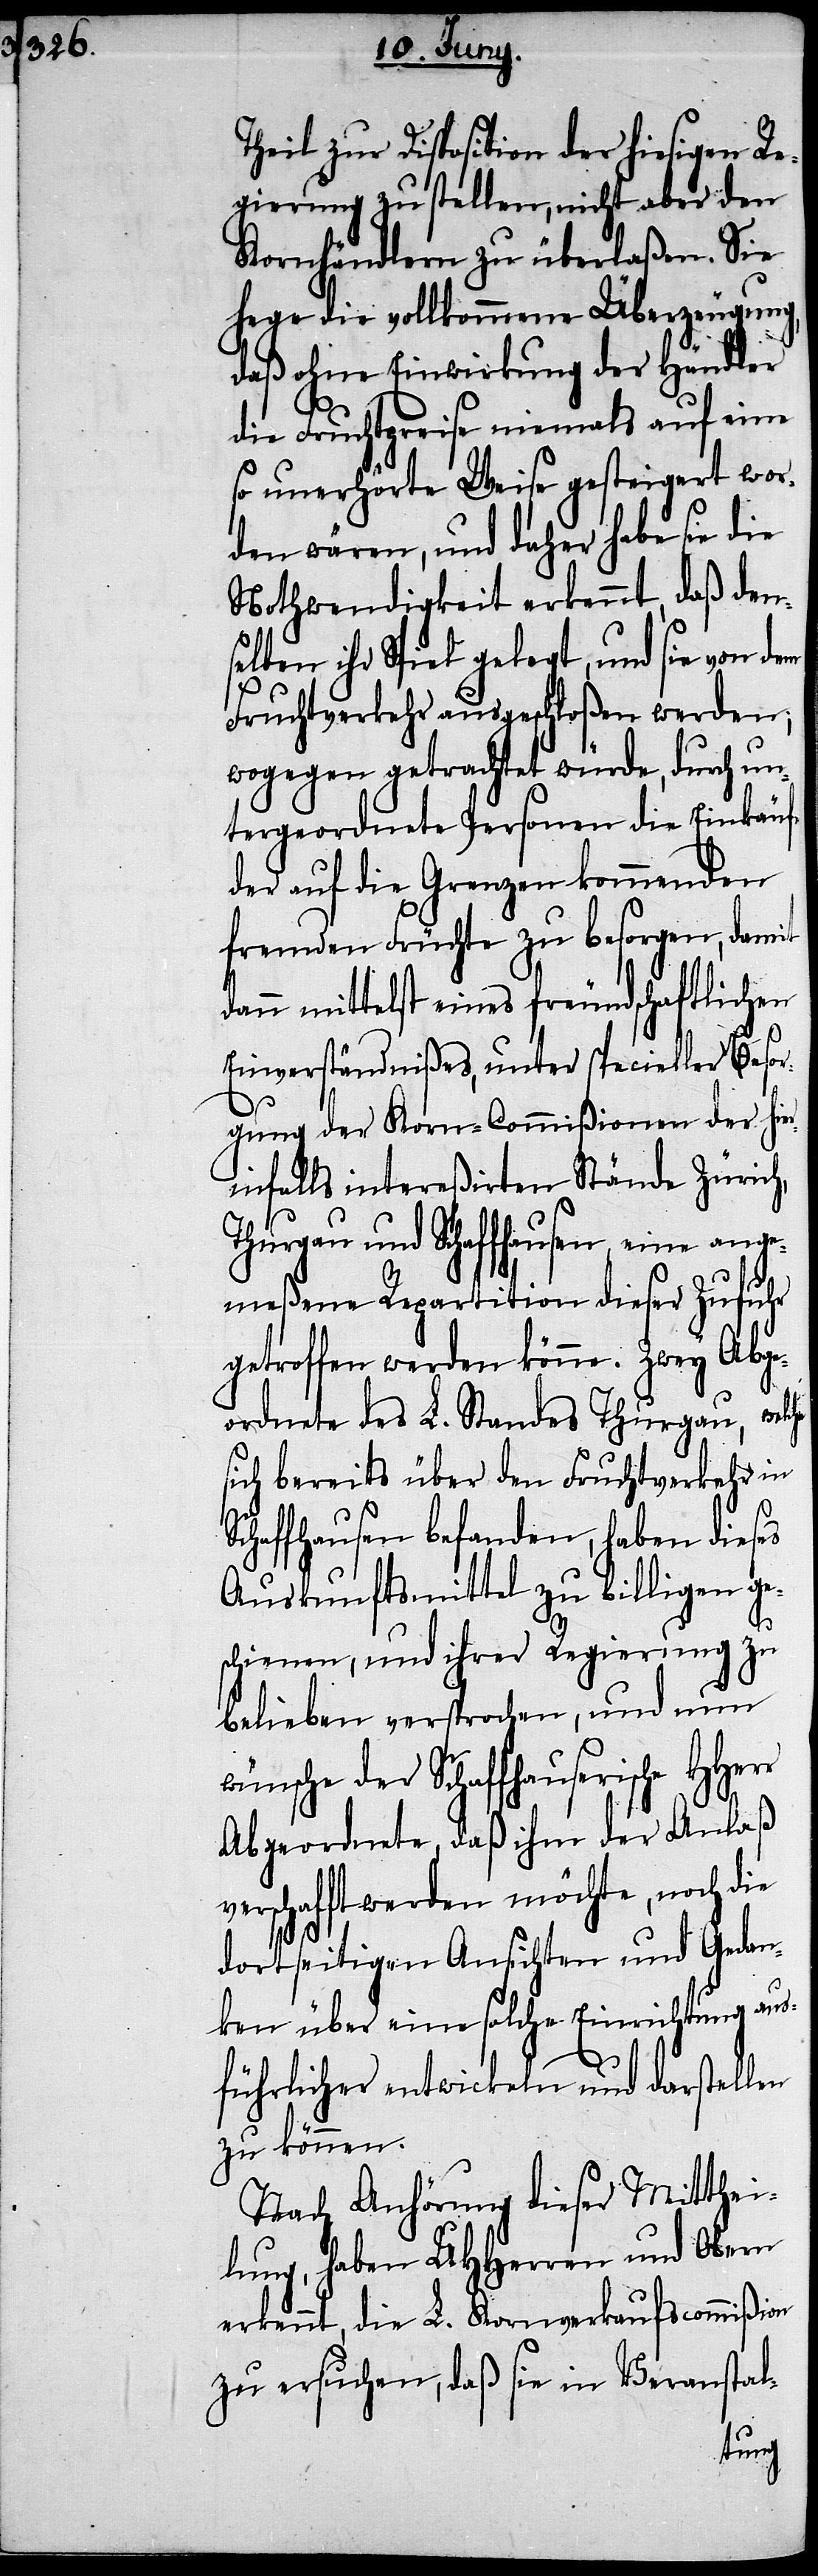
Kornhändlern zu überlaßen. Sie
hege die vollkommene Überzeugung,
daß ohne Einwirkung der Händler
die Fruchtpreise niemals auf eine
so unerhörte Weise gesteigert wor¬
den wären, und daher habe sie die
Nothwendigkeit erkennt, daß den¬
selben ihr Spiel gelegt, und sie von dem
Fruchtverkehr ausgeschloßen werden;
wogegen getrachtet würde, durch un¬
tergeordnete Personen die Einkäufe
der auf die Grenzen kommenden
fremden Früchte zu besorgen, damit
dann mittelst eines freundschaftlichen
Einverständnißes, unter specieller Besor¬
gung der Korn-Commißionen der hie¬
rinfalls intereßirten Stände Zürich,
Thurgau und Schaffhausen, eine ange¬
meßene Repartition dieser Zufuhr
getroffen werden könne. Zwey Abge¬
ordnete des L. Standes Thurgau, welche
sich bereits über den Fruchtverkehr in
Schaffhausen befanden, haben dieses
Auskunftsmittel zu billigen ge¬
schienen, und ihrer Regierung zu
belieben versprochen, und nun
wünsche der Schaffhauserische HHerr
Abgeordnete, daß ihm der Anlaß
verschafft werden möchte, noch die
dortseitigen Ansichten und Gedan¬
ken über eine solche Einrichtung aus¬
führlicher entwickeln und darstellen
zu können.
Nach Anhörung dieser Mitthei¬
lung, haben UHHerren und Obern
erkennt, die L. Kornverkaufscommißion
zu ersuchen, daß sie in Veranstal-